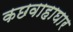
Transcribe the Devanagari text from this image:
कछवाहाघार